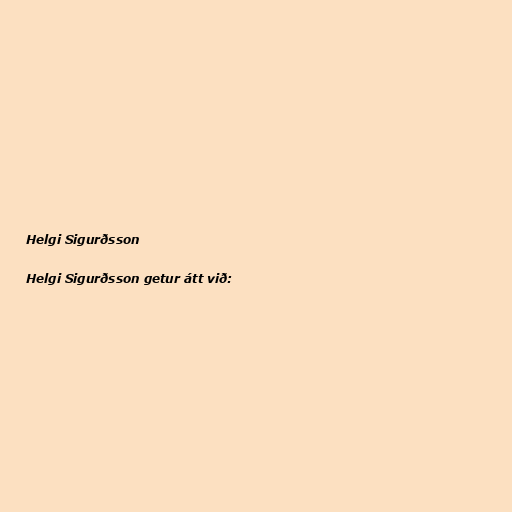
Helgi Sigurðsson

Helgi Sigurðsson getur átt við: